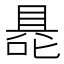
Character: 𭉦